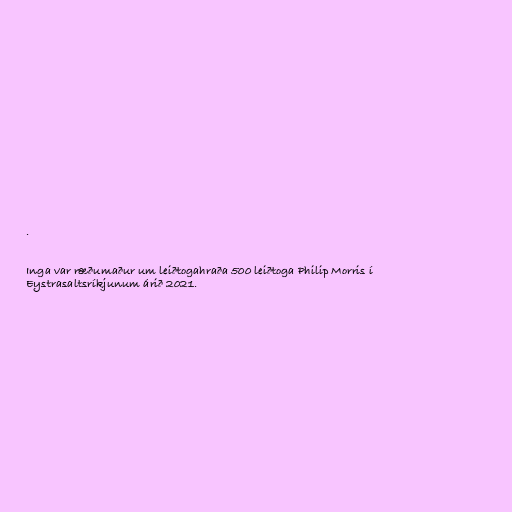
.

Inga var ræðumaður um leiðtogahraða 500 leiðtoga Philip Morris í
Eystrasaltsríkjunum árið 2021.